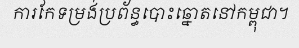
ការកែទម្រង់ប្រព័ន្ធបោះឆ្នោតនៅកម្ពុជា។